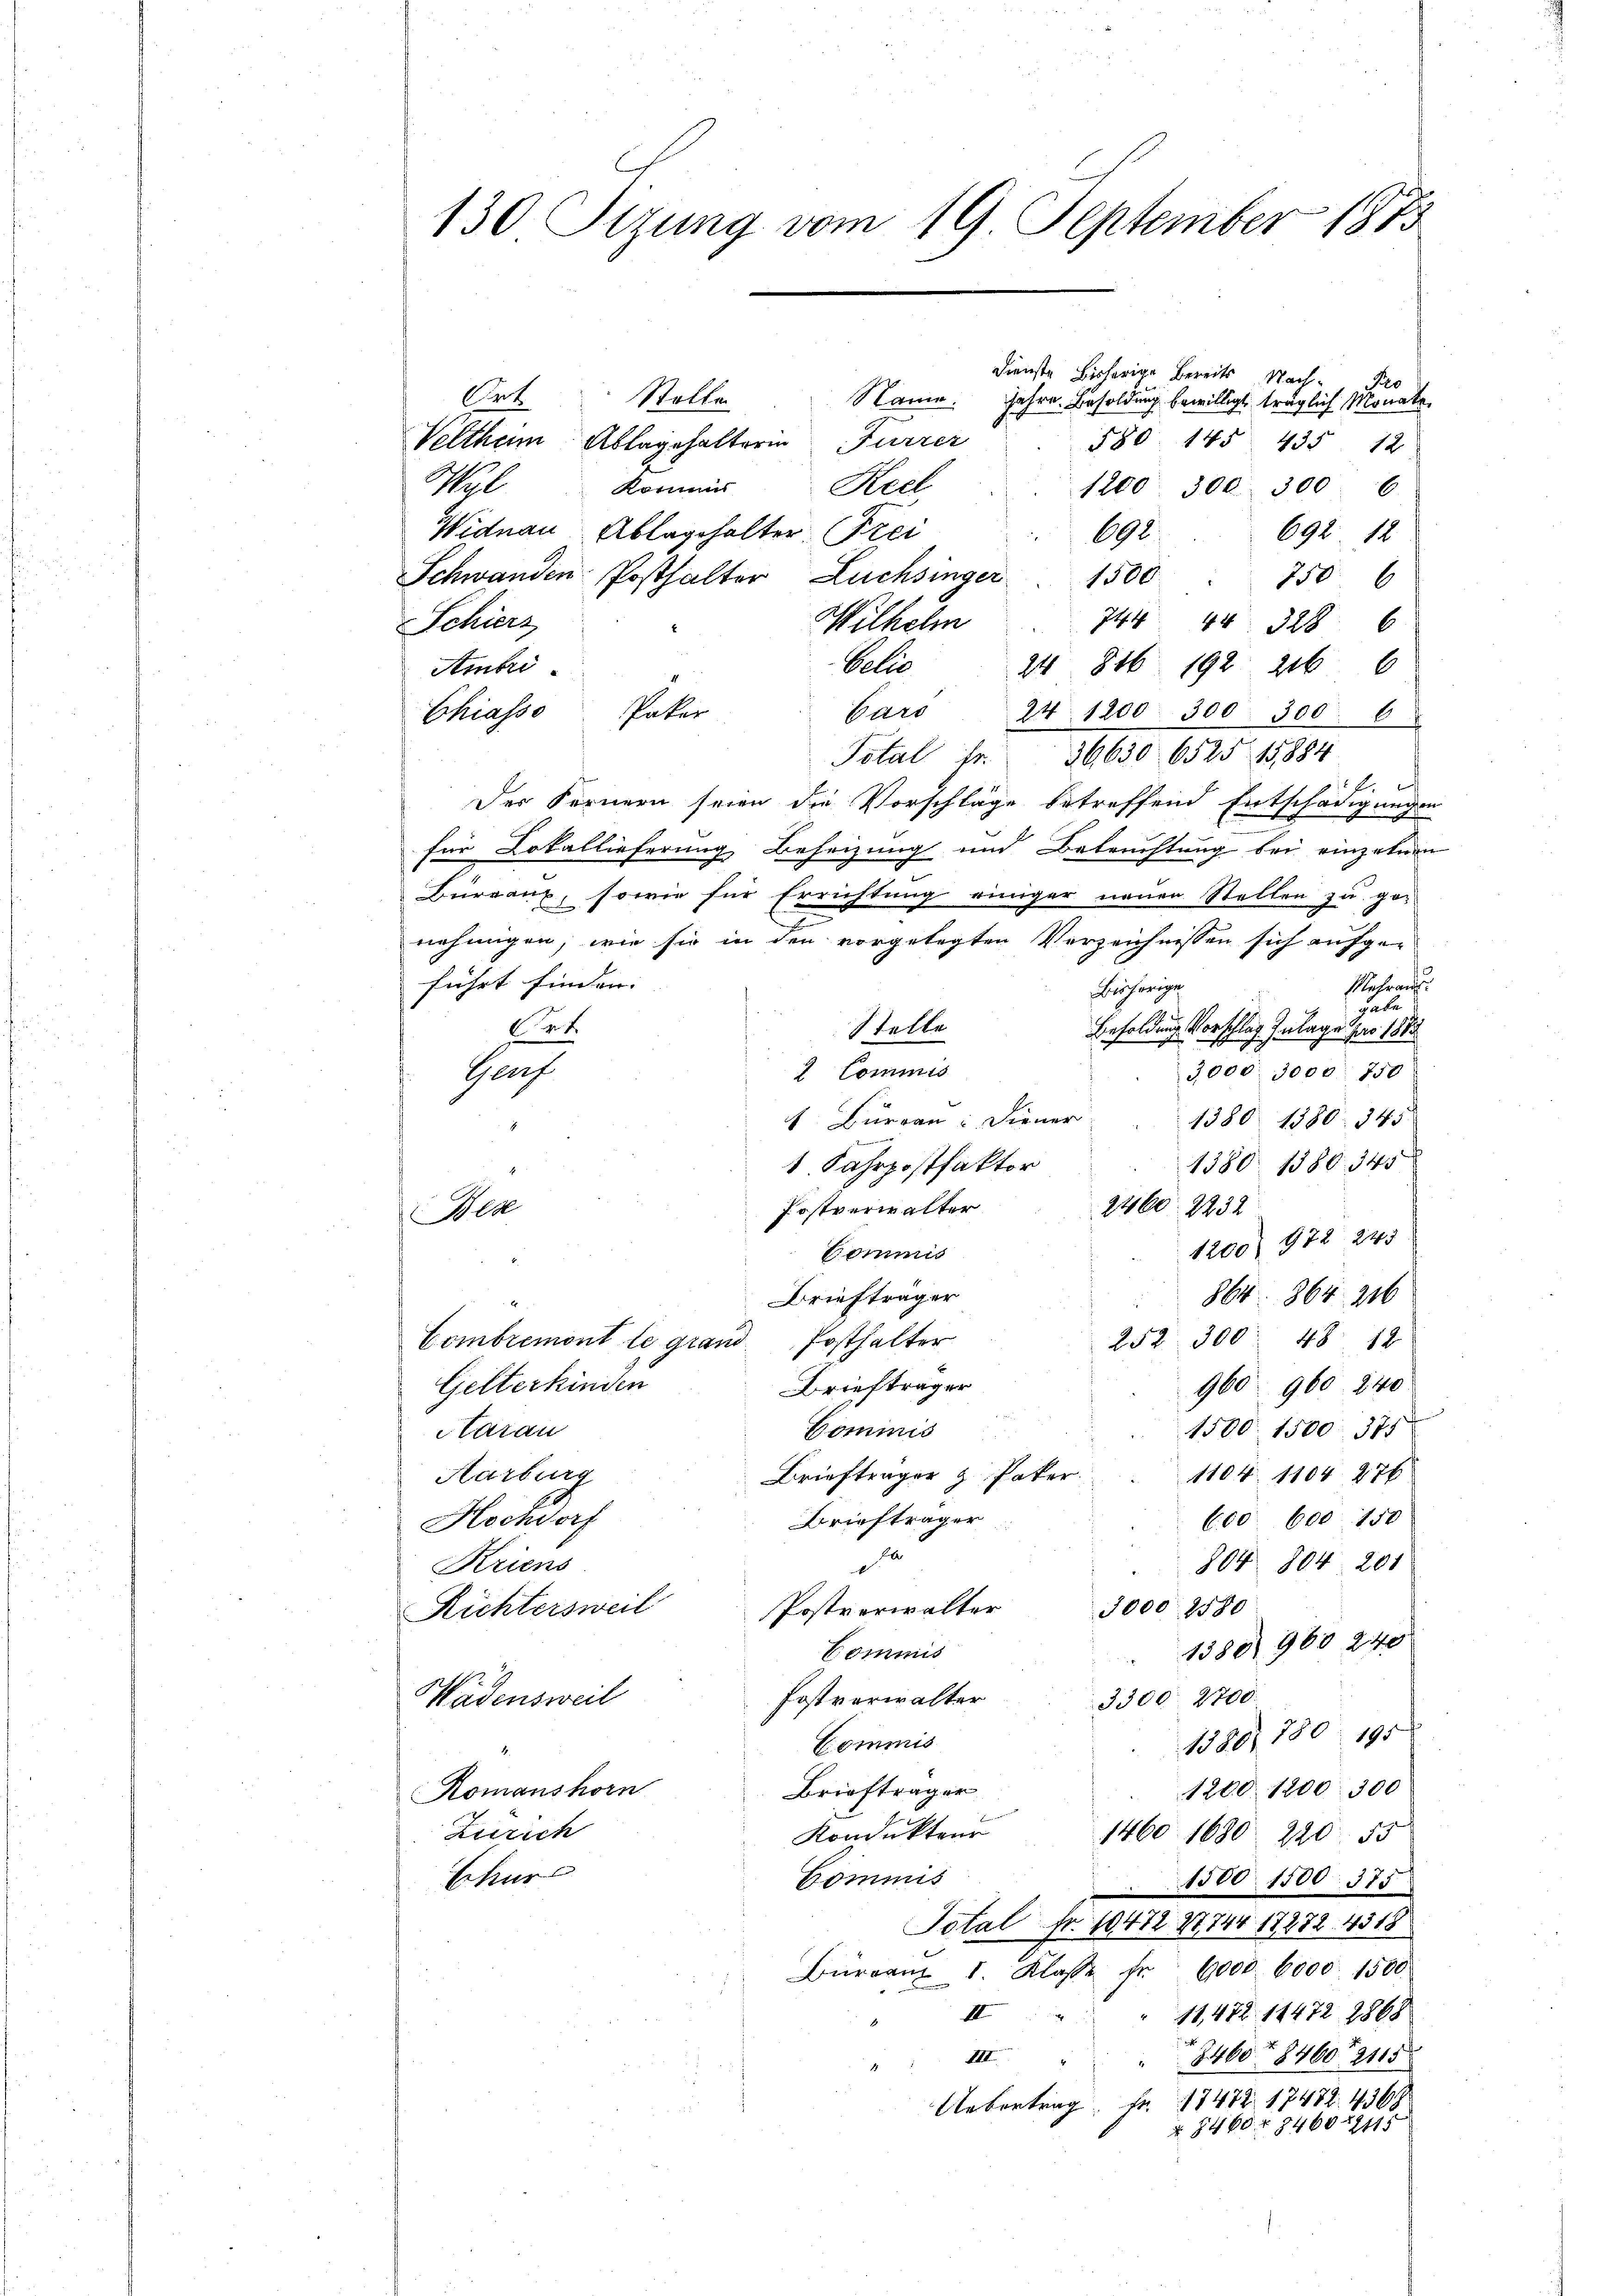
Dienste bisherige Bereits Nachd
Prt
Stolle
Name. Jahre Besoldung bewilligt, träglich Monate
Veltheim Ablagehalterin Furrer
580. 145. 435 12
Ml
Keel
Roms
1200. 300. 3006
Widnau Ablagehalter Frei
692. 12
698
Schwanden Posthalter Lüchsinger 1500
750. 6
Wilhelm
 Coburg
744 44 328. 6
Galle
24 816. 192. 2166
Ambri
Paker
bars
Chiasso
24 1200. 300. 300. 6
Total Fr. 36630. 6525 15884
f
Der Fernern seien die Vorschläge betreffend Entschädigungen
für Lokallieferung Beheizung und Beleuchtung bei einzelnen
Büreaux, sowie für Errichtung einiger neuen Stellen zu geniehungen, wie sie in den vorgelegten Verzeichnissen sich aufgeführt finden. |
Mehran
Bisherige
gabe
Besoldung Vorschlag Inlage par 1883
Stelle
Cet
3,000. 3000. 750
 Commis
Gruf
 Burgau: Diener
1380. 1380. 345
1380. 1380. 345
1 Fahrpostfaktor
Postverwalter
2460. 2232
Wen
1200) 972 245
Commis
864. 864. 216
Briefträger
252 300. 48. 12
Combremont le grand Posthalter
Gelterkinden
Briefträger
960. 960. 240
Commis
1500. 1500. 371
Aarau
Briefträger & Paker
1104. 1104. 276
Harburg
Briefträger
Hochdorf
600. 600 150
Ja
804. 804. 201
Kriens
Postverwalter 3000 2580
Richtersweil
1380 960 240
Commis
Postverwalter
Wädensweil
3300. 2700
1386, 780. 195
Commis
Briefträger
1200. 1200. 300
Romanshorn
Zürich
Kondukteur
1400
1680. 220. 55
Schur
Commis
1500. 1500. 375
Total Fr. 10472 27744 17272. 4518
Büreau 1. Klasse Fr. 1000. 6000. 1500
11,472. 11472 1868
II
III
3460 + 8460, 2115
Uebertrag Fr. 17472. 17482. 4368
§ 1460 f 84601245

130 Sizung vom 19 September 1875